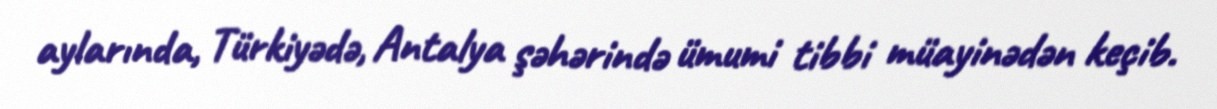
aylarında, Türkiyədə, Antalya şəhərində ümumi tibbi müayinədən keçib.